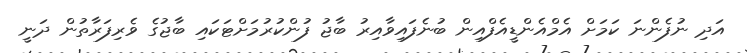
އަދި ނުފެންނަ ކަމަށް އެމްއެންޑީއެފްއިން ބުނެފައިވާއިރު ބާޖު ފުންކުރުމަށްޓަކައި ބާޖުގެ ވެރިފަރާތުން ދަނީ